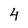
Character: 4